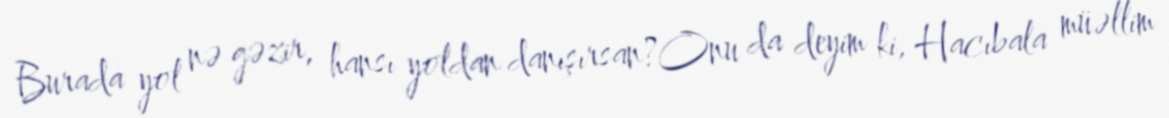
Burada yol nə gəzir, hansı yoldan danışırsan?Onu da deyim ki, Hacıbala müəllim